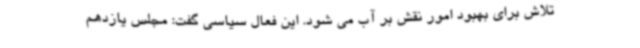
تلاش برای بهبود امور نقش بر آب می شود. این فعال سیاسی گفت: مجلس یازدهم